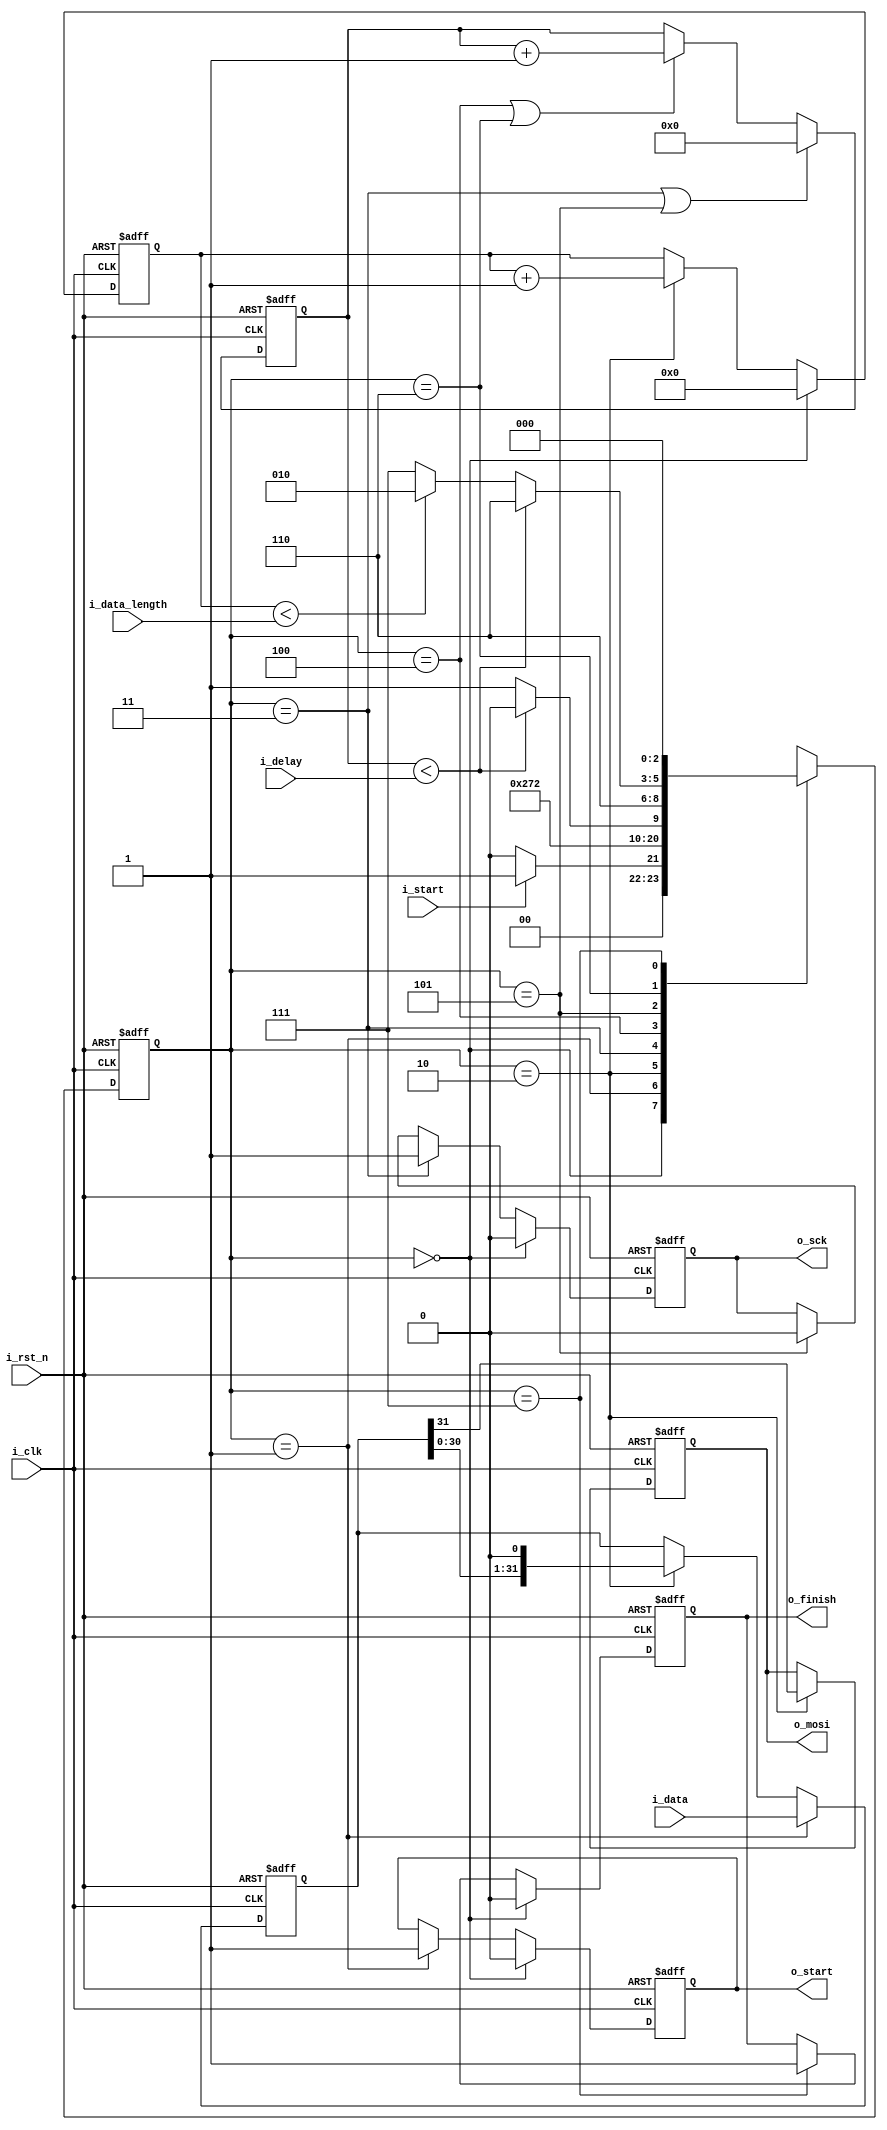
module spi_core 
	#(	parameter DATA_WIDTH = 32,
	  	parameter DELAY_WIDTH = 32)
	(i_clk, i_rst_n, i_start, i_data_length, i_data, i_delay, o_mosi, o_sck, o_start, o_finish);

input 						i_clk;
input 						i_rst_n;

input		 				i_start;
input 	[3:0] 				i_data_length;
input	[DATA_WIDTH-1:0] 	i_data;
input 	[DELAY_WIDTH-1:0]	i_delay;

output reg					o_mosi;
output reg					o_sck;
output reg					o_start;
output reg					o_finish;


localparam STATE_WIDTH = 3;

localparam IDLE = 0;
localparam LOAD_DATA = 1;
localparam OUTPUT_DATA = 2;
localparam POSEDGE_SCK = 3;
localparam POSEDGE_DELAY = 4;
localparam NEGEDGE_SCK = 5;
localparam NEGEDGE_DELAY = 6;
localparam END_DATA_TRANS = 7;


reg [STATE_WIDTH-1:0]		next_state, state;

// add 1 MSB to shift register (o_mosi)
reg [DATA_WIDTH-1:0] 		shift_register;

reg [3:0] 					cnt_data_length;
reg [DELAY_WIDTH-1:0] 		cnt_delay;

/////////////////////////////////////////////////////////
// data length counter description:

always @(posedge i_clk, negedge i_rst_n) begin
	if(~i_rst_n)
		cnt_data_length <= 0;
	else if (state == IDLE)
		cnt_data_length <= 0;
	else if (state == OUTPUT_DATA)
		cnt_data_length <= cnt_data_length + 1'b1;
	else 
		cnt_data_length <= cnt_data_length;
end

/////////////////////////////////////////////////////////


/////////////////////////////////////////////////////////
// delay counter description:

always @(posedge i_clk, negedge i_rst_n) begin
	if(~i_rst_n)
		cnt_delay <= 0;
	else if (state == POSEDGE_SCK || state == NEGEDGE_SCK)
		cnt_delay <= 0;
	else if (state == POSEDGE_DELAY || state == NEGEDGE_DELAY)
		cnt_delay <= cnt_delay + 1'b1;
	else 
		cnt_delay <= cnt_delay;
end


/////////////////////////////////////////////////////////


/////////////////////////////////////////////////////////
// o_start and o_finish description:

// o_start
always @(posedge i_clk, negedge i_rst_n) begin
	if(~i_rst_n)
		o_start <= 1'b0;
	else if (state == IDLE)
		o_start <= 1'b0;
	else if (state == LOAD_DATA)
		o_start <= 1'b1;
	else
		o_start <= o_start;
end

// o_finish
always @(posedge i_clk, negedge i_rst_n) begin
	if(~i_rst_n)
		o_finish <= 1'b0;
	else if (state == IDLE)
		o_finish <= 1'b0;
	else if (state == END_DATA_TRANS)
		o_finish <= 1'b1;
	else 
		o_finish <= o_finish;
end

/////////////////////////////////////////////////////////



/////////////////////////////////////////////////////////
// shift register description:

// main shifter:
always @(posedge i_clk, negedge i_rst_n) begin
	if(~i_rst_n)
		shift_register <= 0; 
	else if (state == LOAD_DATA)
		shift_register <= i_data;
	else if (state == OUTPUT_DATA)
		shift_register <= {shift_register[DATA_WIDTH-2:0],1'b0};
	else
		shift_register <= shift_register;
end

// 1 bit reg o_mosi:
always @(posedge i_clk, negedge i_rst_n) begin
	if(~i_rst_n)
		o_mosi <= 1'b0;
	else if (state == OUTPUT_DATA)
		o_mosi <= shift_register[DATA_WIDTH-1];
	else 
		o_mosi <= o_mosi;
end

/////////////////////////////////////////////////////////


/////////////////////////////////////////////////////////
// SCK description:

always @(posedge i_clk, negedge i_rst_n) begin
	if (~i_rst_n)
		o_sck <= 1'b0;
	else if (state == IDLE)
		o_sck <= 1'b0;
	else if (state == POSEDGE_SCK) 
		o_sck <= 1'b1;
	else if (state == NEGEDGE_SCK)
		o_sck <= 1'b0;
	else 
		o_sck <= o_sck;
end

/////////////////////////////////////////////////////////


/////////////////////////////////////////////////////////
// State machine description:
//

//----------------------------------
// Sequential block:
always @(posedge i_clk, negedge i_rst_n) begin
	if (~i_rst_n)
		state <= IDLE;
	else
		state <= next_state;
end

//----------------------------------


//----------------------------------
// Combinational block:

always @* 
begin
	case (state)
		IDLE: begin
			if (i_start)
				next_state = LOAD_DATA;
			else
				next_state = IDLE;
		end

		LOAD_DATA: begin
			next_state = OUTPUT_DATA;
		end

		OUTPUT_DATA: begin
			next_state = POSEDGE_SCK;
		end

		POSEDGE_SCK: begin
			next_state = POSEDGE_DELAY;
		end

		POSEDGE_DELAY: begin
			if (cnt_delay < i_delay)
				next_state = POSEDGE_DELAY;
			else
				next_state = NEGEDGE_SCK;
		end

		NEGEDGE_SCK: begin
			next_state = NEGEDGE_DELAY;
		end

		NEGEDGE_DELAY: begin
			if (cnt_delay < i_delay)
				next_state = NEGEDGE_DELAY;
			else if (cnt_data_length < i_data_length)
				next_state = OUTPUT_DATA;
			else 
				next_state = END_DATA_TRANS;
		end

		END_DATA_TRANS: begin
			next_state = IDLE;
		end

		default: begin
			next_state = IDLE;
		end
	endcase
end

//----------------------------------

/////////////////////////////////////////////////////////

endmodule